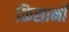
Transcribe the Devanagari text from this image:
किसानोँ